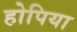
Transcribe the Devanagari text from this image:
होपिया